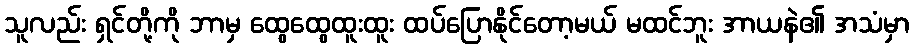
သူလည်း ရှင်တို့ကို ဘာမှ ထွေထွေထူးထူး ထပ်ပြောနိုင်တော့မယ် မထင်ဘူး အာယနဲ၏ အသံမှာ